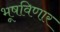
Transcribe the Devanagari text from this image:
भूषविणार